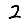
Digit: 2